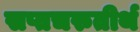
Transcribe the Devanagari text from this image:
सप्तचरुतीर्थ